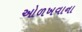
ઓળખવાના